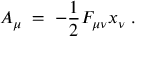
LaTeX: A _ { \mu } \; = \; - \frac { 1 } { 2 } F _ { \mu \nu } x _ { \nu } \; .